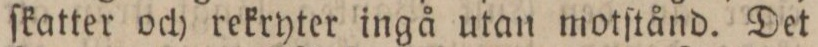
ſkatter och rekryter ingå utan motſtånd. Det